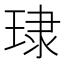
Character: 㻖